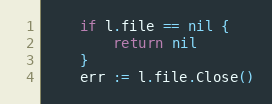
Language: Go
	if l.file == nil {
		return nil
	}
	err := l.file.Close()